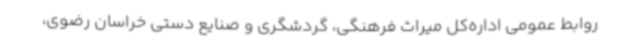
روابط عمومی اداره‌کل میراث فرهنگی، گردشگری و صنایع دستی خراسان رضوی،